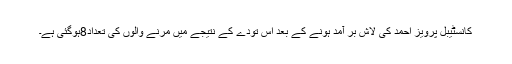
کانسٹیبل پرویز احمد کی لاش بر آمد ہونے کے بعد اس تودے کے نتیجے میں مرنے والوں کی تعداد8ہوگئی ہے۔